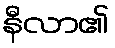
နီလာ၏